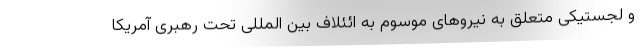
و لجستیکی متعلق به نیروهای موسوم به ائئلاف بین المللی تحت رهبری آمریکا